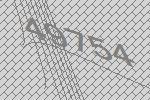
49754